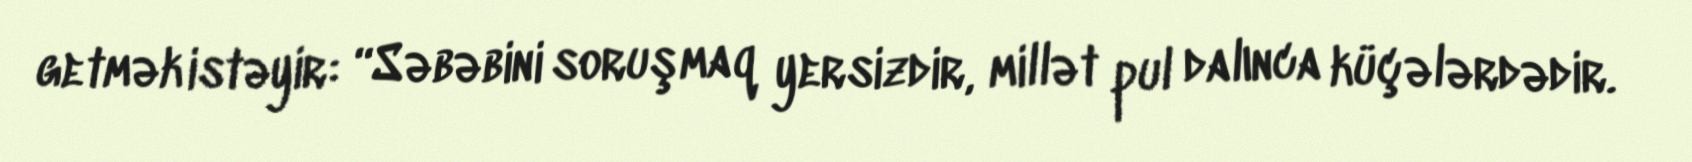
getmək istəyir: “Səbəbini soruşmaq yersizdir, millət pul dalınca küçələrdədir.